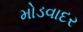
મોડવાદર